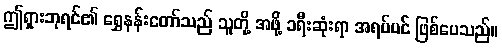
ဤရှားဘုရင်၏ ရွှေနန်းတော်သည် သူတို့ အဖို့ ခရီးဆုံးရာ အရပ်ပင် ဖြစ်ပေသည်။